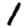
Digit: 1